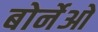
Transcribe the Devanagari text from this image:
बोर्नेओ